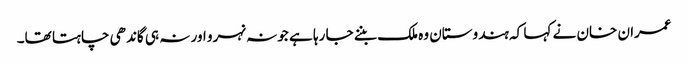
عمران خان نے کہا کہ ہندوستان وہ ملک بننے جا رہا ہے جو نہ نہرو اور نہ ہی گاندھی چاہتا تھا۔